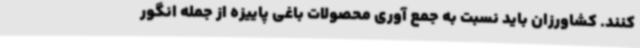
کنند. کشاورزان باید نسبت به جمع آوری محصولات باغی پاییزه از جمله انگور